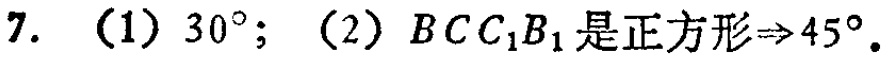
7. （1）$30^{\circ}$；（2）$BCC_{1}B_{1}$是正方形$\Rightarrow45^{\circ}$.